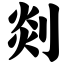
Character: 剡